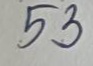
53